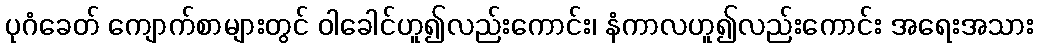
ပုဂံခေတ် ကျောက်စာများတွင် ဝါခေါင်ဟူ၍လည်းကောင်း၊ နံကာလဟူ၍လည်းကောင်း အရေးအသား